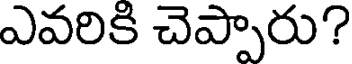
ఎవరికి చెప్పారు?